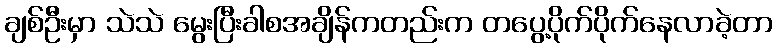
ချစ်ဦးမှာ သဲသဲ မွေးပြီးခါစအချိန်ကတည်းက တပွေ့ပိုက်ပိုက်နေလာခဲ့တာ